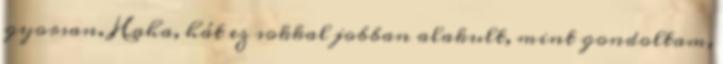
gyorsan. Haha, hát ez sokkal jobban alakult, mint gondoltam,